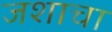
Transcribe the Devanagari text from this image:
जशाचा